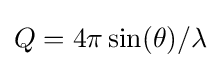
Q=4\pi \sin(\theta )/\lambda